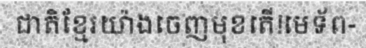
ជាតិខ្មែរយ៉ាងចេញមុខតើ!មេទ័ព-